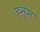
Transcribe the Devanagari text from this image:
ह्नूम